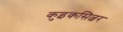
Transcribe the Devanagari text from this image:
कुइकसिल्वर